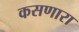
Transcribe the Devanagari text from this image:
कसणारा